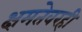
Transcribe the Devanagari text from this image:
क्षमतेवरही